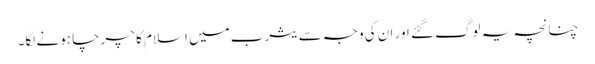
چنانچہ یہ لوگ گئے اور ان کی وجہ سے یثرب میں اسلام کا چرچا ہونے لگا۔